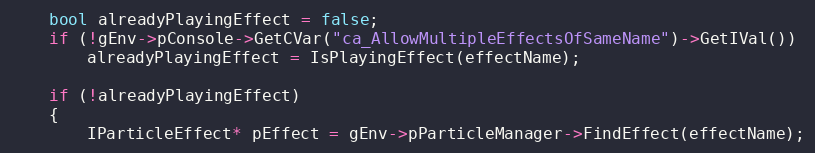
Language: C++
	bool alreadyPlayingEffect = false;
	if (!gEnv->pConsole->GetCVar("ca_AllowMultipleEffectsOfSameName")->GetIVal())
		alreadyPlayingEffect = IsPlayingEffect(effectName);

	if (!alreadyPlayingEffect)
	{
		IParticleEffect* pEffect = gEnv->pParticleManager->FindEffect(effectName);